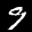
Label: 9